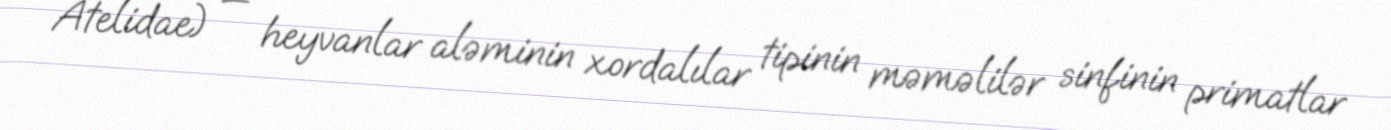
Atelidae) — heyvanlar aləminin xordalılar tipinin məməlilər sinfinin primatlar